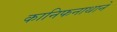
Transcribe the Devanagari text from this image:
कानिफनाथाने